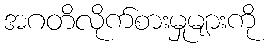
အဂတိလိုက်စားမှုများကို